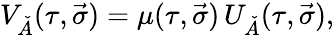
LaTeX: V_{\check{A}}(\tau,\vec{\sigma})=\mu(\tau,\vec{\sigma})\, U_{\check{A}}(\tau,\vec{\sigma}),